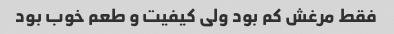
فقط مرغش کم بود ولی کیفیت و طعم خوب بود